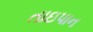
તાઇપાન